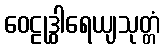
ဝေဠုဒွါရေယျသုတ္တံ